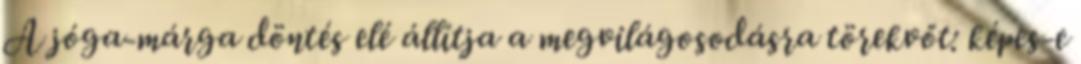
A jóga-márga döntés elé állítja a megvilágosodásra törekvőt: képes-e